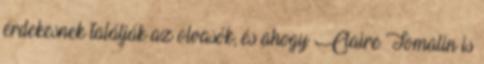
érdekesnek találják az olvasók, és ahogy Claire Tomalin is